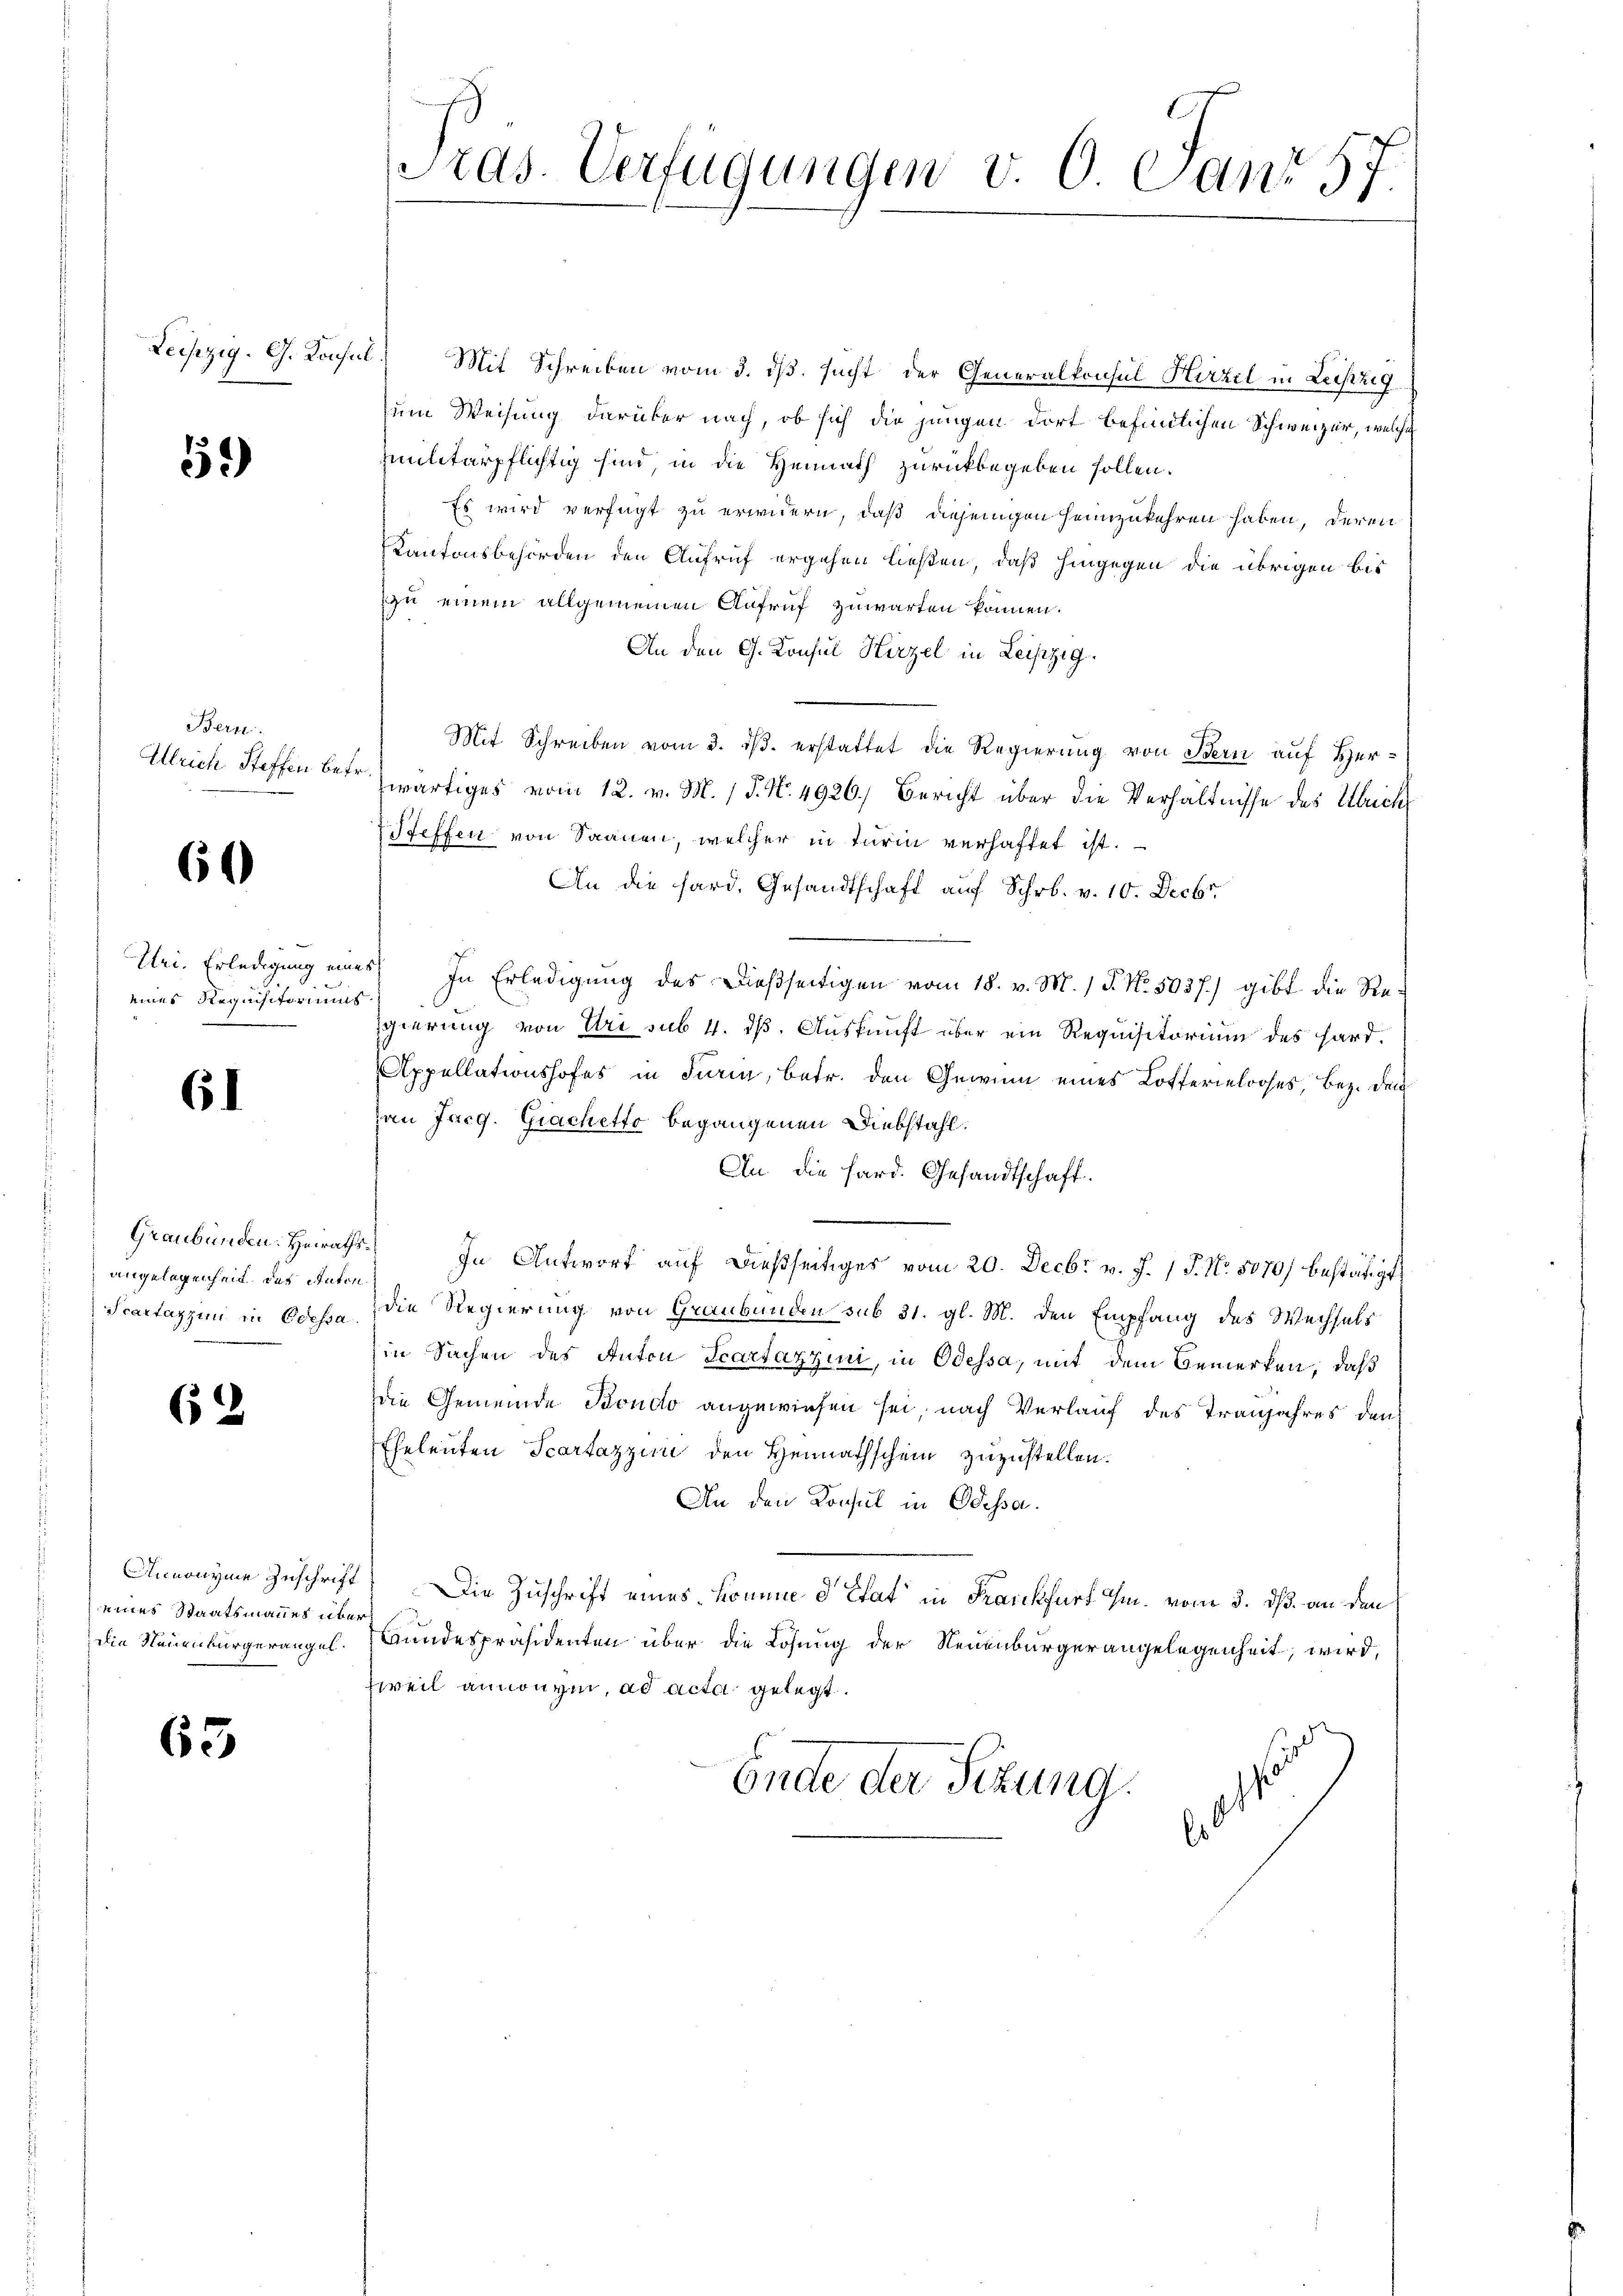
59)

Bern.
Ulrich Steffen betr

60

Tei. Erledigung eine
einer Requisitoriums

61

Graubünden: Heiraths
angelegenheit des Anton
Scartazzin in Edessa

6

Annonyme Zuschrift
eines Staatsmannes über
die Neuenburgerangel.

63.

ras. Verfügungen v. 6. Jan. 3,
7.

Leipzig. G. Konsul Mit Schreiben vom 3. ds. sucht der Generalkonsul Hirzel in Leistg
zum Weisung darüber nach, ob sich die jungen dort befindlichen Schweizer, welche
mmilitärpflichtig sind in die Heimath zurückbegeben sollen.
Es wird verfügt zu erwidern, daß diejenigen heimzukehren haben, deren
Kantonsbehörden den Aufruf ergehen ließen, daß hingegen die übrigen bis
zu einem allgemeinen Aufruf zuwarten können.
An den G. Konsul Hirzel in Leipzig.
Mit Schreiben vom 3. ds. erstattet die Regierung von Bern auf Herwärtiges vom 12. v. M. 1 P. N. 4926.) Bericht über die Verhältnisse des Ulrich
Pfeffen von Saanen, welcher in Turin verhaftet ist.
An die fard. Gesandtschaft auf Schr. v. 10. Decbr.
s) In Erledigung des Dießseitigen vom 18. v. M. / P. Nr. 5037.) gibt die Regierung von Uri sub 4. dß. Auskunft über ein Requisitorium des Hard¬
Appellationshofes in Firi, betr. den Gewinn eines Lotterielooses, Bez. den
zau Jurg. Grachetto begangenen Diebstahl.
An die Sard. Gesandtschaft.
" In Antwort auf dießseitiges vom 20. Decbr v. J. 17. No 8070) bestätigt,
die Regierung von Graubünden sub 31. gl. M. den Empfang des Wechsels
in Sachen des Anton Scartazzini, in Odessa, mit dem Bemerken, daß
die Gemeinde Bondo angewiesen sei, nach Verlauf des Tranjahres den
Eheleuten Scartazziii den Heimathschein zuzustellen.
An den Konsul in Odessa.
Die Zuschrift eines könne d Etat in Krankfurt m. vom 3. ds. an den
Bundespräsidenten über die Lösung der Neuenburgerangelegenheit, wird,
Zweil annonym, ad acta gelegt.
Ende der Sizung.
Es